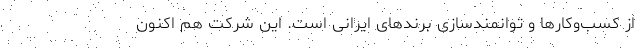
از کسب‌وکارها و توانمندسازی برند‌های ایرانی است. این شرکت هم اکنون